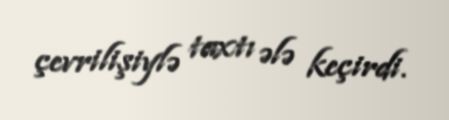
çevrilişiylə taxtı ələ keçirdi.